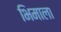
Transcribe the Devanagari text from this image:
भिमाला